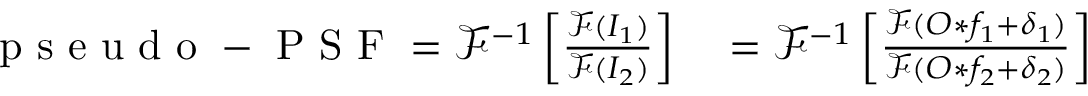
\begin{array} { r l } { \mathrm { ~ p ~ s ~ e ~ u ~ d ~ o ~ - ~ P ~ S ~ F ~ } = \mathcal { F } ^ { - 1 } \left[ \frac { \mathcal { F } ( I _ { 1 } ) } { \mathcal { F } ( I _ { 2 } ) } \right] } & { { } = \mathcal { F } ^ { - 1 } \left[ \frac { \mathcal { F } ( O \ast f _ { 1 } + \delta _ { 1 } ) } { \mathcal { F } ( O \ast f _ { 2 } + \delta _ { 2 } ) } \right] } \end{array}